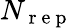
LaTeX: N_{\mathrm{~r~e~p~}}